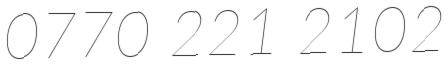
0770 221 2102